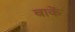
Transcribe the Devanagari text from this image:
बाकें